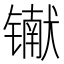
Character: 𰾾